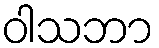
ဝါသဘာ